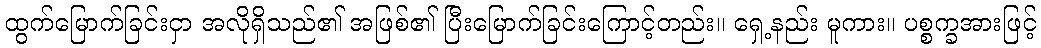
ထွက်မြောက်ခြင်းငှာ အလိုရှိသည်၏ အဖြစ်၏ ပြီးမြောက်ခြင်းကြောင့်တည်း။ ရှေ့နည်း မူကား။ ပစ္စက္ခအားဖြင့်